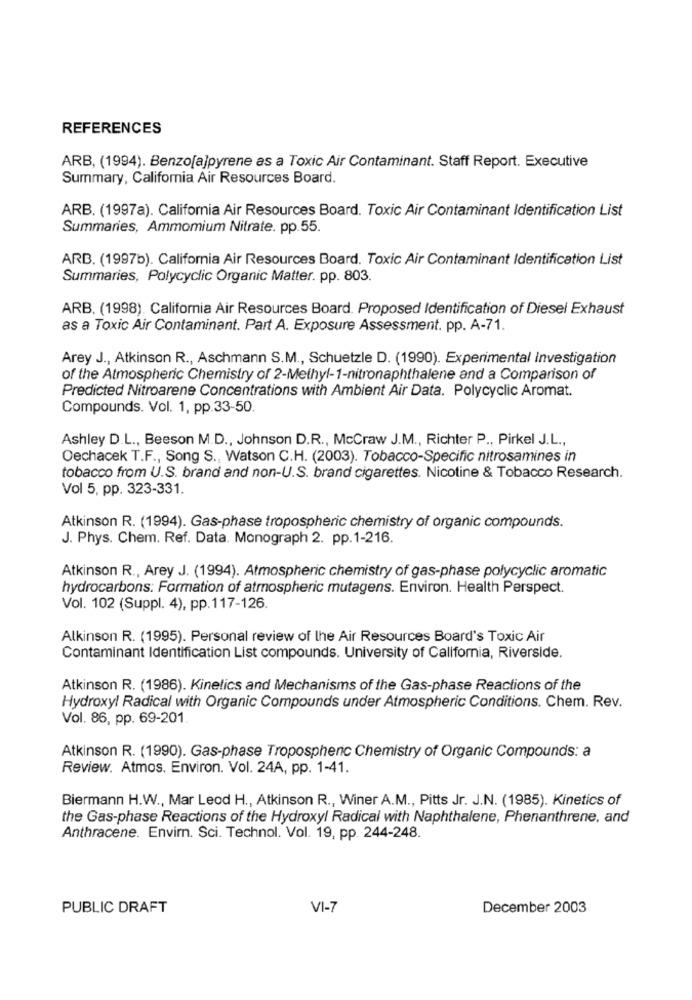
REFERENCES
ARB, (1994). Benzo[a]pyrene as a Toxic Air Contaminant. Staff Report. Executive
Summary, California Air Resources Board.
ARB. (1997a). California Air Resources Board. Toxic Air Contaminant Identification List
Summaries, Ammomium Nitrate. pp.55.
ARB. (1997b). California Air Resources Board. Toxic Air Contaminant Identification List
Summaries, Polycyclic Organic Matter. pp. 803.
ARB. (1998). California Air Resources Board. Proposed Identification of Diesel Exhaust
as a Toxic Air Contaminant. Part A. Exposure Assessment. pp. A-71.
Arey J ., Atkinson R ., Aschmann S.M ., Schuetzle D. (1990). Experimental Investigation
of the Atmospheric Chemistry of 2-Methyl-1-nitronaphthalene and a Comparison of
Predicted Nitroarene Concentrations with Ambient Air Data. Polycyclic Aromat.
Compounds. Vol. 1, pp.33-50.
Ashley D.L ., Beeson M.D ., Johnson D.R ., McCraw J.M ., Richter P ., Pirkel J.L .,
Oechacek T.F ., Song S ., Watson C.H. (2003). Tobacco-Specific nitrosamines in
tobacco from U.S. brand and non-U.S. brand cigarettes. Nicotine & Tobacco Research.
Vol 5, pp. 323-331.
Atkinson R. (1994). Gas-phase tropospheric chemistry of organic compounds.
J. Phys. Chem. Ref. Data. Monograph 2. pp.1-216.
Atkinson R ., Arey J. (1994). Atmospheric chemistry of gas-phase polycyclic aromatic
hydrocarbons: Formation of atmospheric mutagens. Environ. Health Perspect.
Vol. 102 (Suppl. 4), pp.117-126.
Atkinson R. (1995). Personal review of the Air Resources Board's Toxic Air
Contaminant Identification List compounds. University of California, Riverside.
Atkinson R. (1986). Kinetics and Mechanisms of the Gas-phase Reactions of the
Hydroxyl Radical with Organic Compounds under Atmospheric Conditions. Chem. Rev.
Vol. 86, pp. 69-201
Atkinson R. (1990). Gas-phase Tropospheric Chemistry of Organic Compounds: a
Review. Atmos. Environ. Vol. 24A, pp. 1-41.
Biermann H.W ., Mar Leod H ., Atkinson R ., Winer A.M ., Pitts Jr. J.N. (1985). Kinetics of
the Gas-phase Reactions of the Hydroxyl Radical with Naphthalene, Phenanthrene, and
Anthracene. Envir. Sci. Technol. Vol. 19, pp. 244-248.
PUBLIC DRAFT
VI-7
December 2003